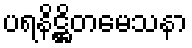
ပရနိဋ္ဌိတမေသနာ